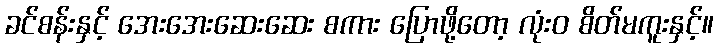
ခင်စန်းနှင့် အေးအေးဆေးဆေး စကား ပြောဖို့တော့ လုံးဝ စိတ်မကူးနှင့်။